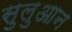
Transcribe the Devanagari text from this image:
सुलुआन